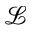
\mathcal { L }